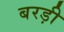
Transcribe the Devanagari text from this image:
बरड़ी